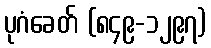
ပုဂံခေတ် (၈၄၉-၁၂၉၇)